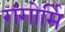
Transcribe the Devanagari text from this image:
गंगोर्मि